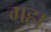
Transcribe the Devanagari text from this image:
गह्रा